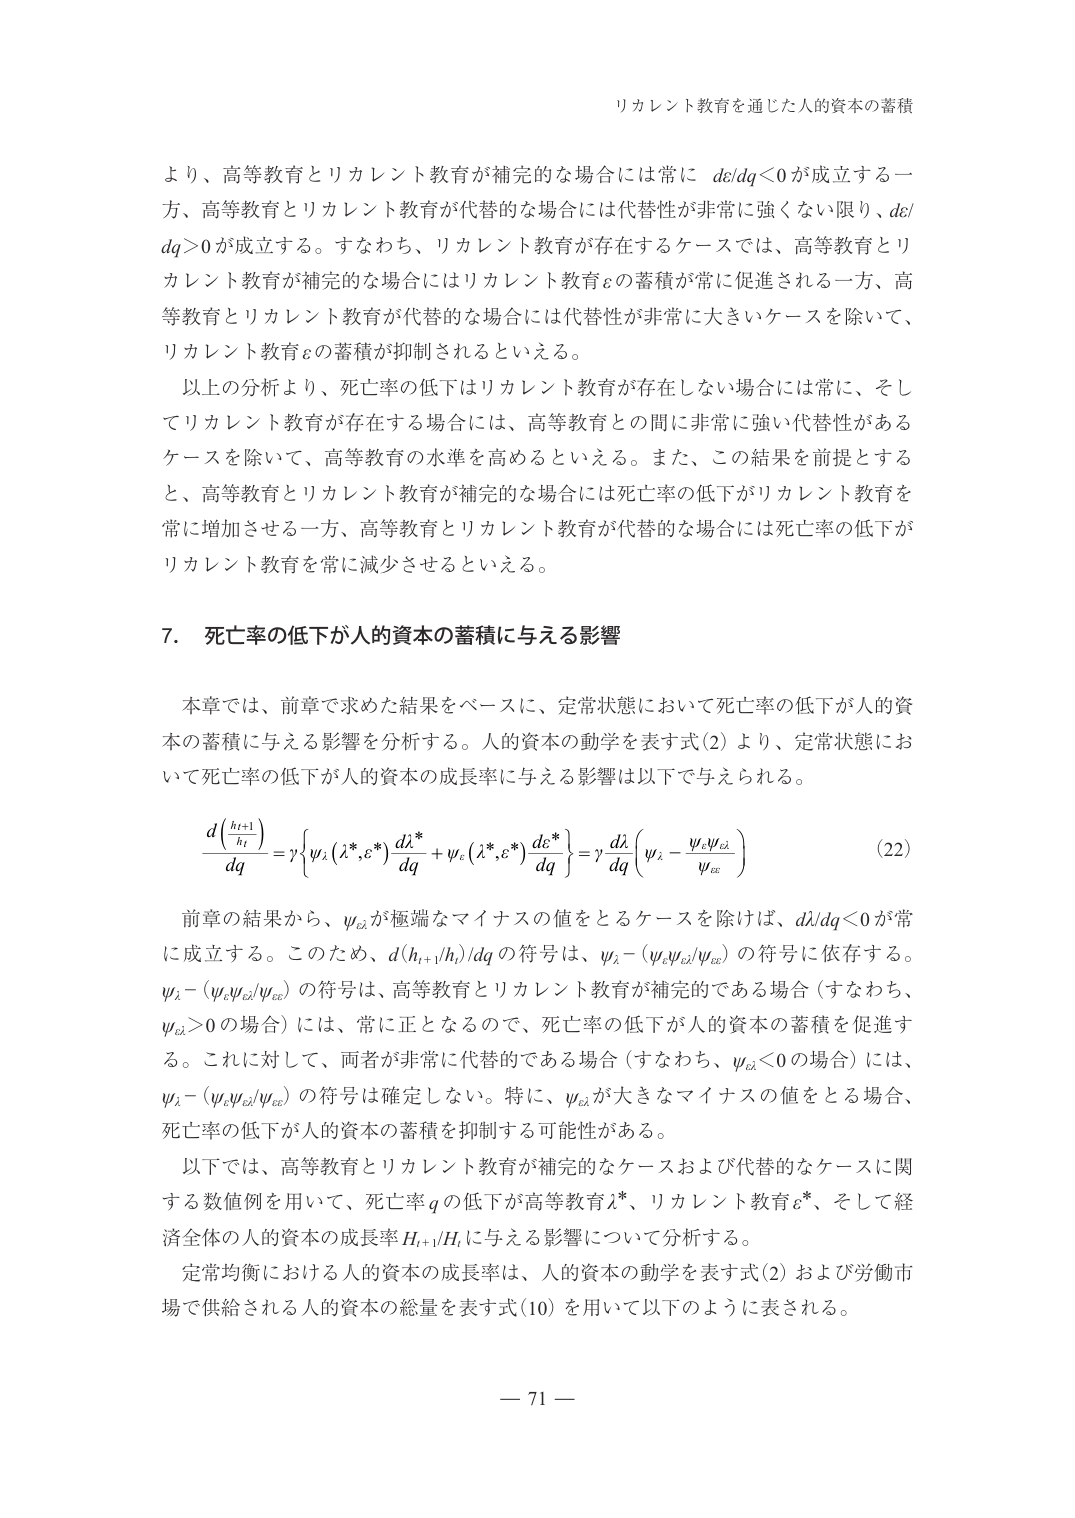
リカレント教育を通じた人的資本の蓄積

より、高等教育とリカレント教育が補完的な場合には常に dc/dq<0 が成立する一方、高等教育とリカレント教育が代替的な場合には代替性が非常に強くない限り、dc/dq>0 が成立する。すなわち、リカレント教育が存在するケースでは、高等教育とリカレント教育が補完的な場合にはリカレント教育εの蓄積が常に促進される一方、高等教育とリカレント教育が代替的な場合には代替性が非常に大きいケースを除いて、リカレント教育εの蓄積が抑制されるといえる。

以上の分析より、死亡率の低下はリカレント教育が存在しない場合には常に、そしてリカレント教育が存在する場合には、高等教育との間に非常に強い代替性があるケースを除いて、高等教育の水準を高めるといえる。また、この結果を前提とするとき、高等教育とリカレント教育が補完的な場合には死亡率の低下がリカレント教育を常に増加させる一方、高等教育とリカレント教育が代替的な場合には死亡率の低下がリカレント教育を常に減少させるといえる。

7. 死亡率の低下が人的資本の蓄積に与える影響

本章では、前章で求めた結果をベースに、定常状態において死亡率の低下が人的資本の蓄積に与える影響を分析する。人的資本の動学を表す式(2)より、定常状態において死亡率の低下が人的資本の成長率に与える影響は以下で与えられる。

d(h_{t+1}/h_t)/dq = γ{ψ_λ(λ*,ε*)dλ*/dq + ψ_ε(λ*,ε*)dε*/dq} = γ(dλ/dq)(ψ_λ - ψ_εψ_ελ/ψ_εε)  (22)

前章の結果から、ψ_ελが極端なマイナスの値をとるケースを除けば、dλ/dq<0 が常に成立する。このため、d(h_{t+1}/h_t)/dq の符号は、ψ_λ - (ψ_εψ_ελ/ψ_εε) の符号に依存する。ψ_λ - (ψ_εψ_ελ/ψ_εε) の符号は、高等教育とリカレント教育が補完的である場合（すなわち、ψ_ελ>0 の場合）には、常に正となるので、死亡率の低下が人的資本の蓄積を促進する。これに対して、両者が非常に代替的である場合（すなわち、ψ_ελ<0 の場合）には、ψ_λ - (ψ_εψ_ελ/ψ_εε) の符号は確定しない。特に、ψ_ελが大きなマイナスの値をとる場合、死亡率の低下が人的資本の蓄積を抑制する可能性がある。

以下では、高等教育とリカレント教育が補完的なケースおよび代替的なケースに関する数値例を用いて、死亡率 q の低下が高等教育 λ*、リカレント教育 ε*、そして経済全体の人的資本の成長率 H_{t+1}/H_t に与える影響について分析する。

定常均衡における人的資本の成長率は、人的資本の動学を表す式(2)および労働市場で供給される人的資本の総量を表す式(10)を用いて以下のように表される。

— 71 —